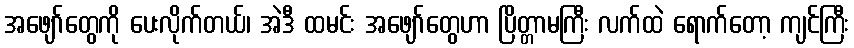
အဖျော်တွေကို ပေးလိုက်တယ်၊ အဲဒီ ထမင်း အဖျော်တွေဟာ ပြိတ္တာမကြီး လက်ထဲ ရောက်တော့ ကျင်ကြီး